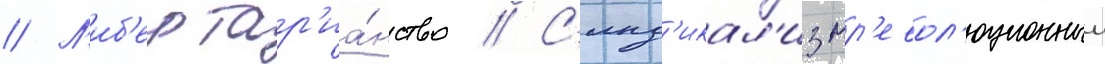
// Л'иб'ертар'иа́нство // С'инд'икал'измр'евол'юционныи